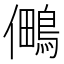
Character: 𭀈